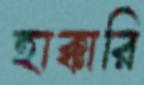
হাক্কারি